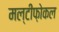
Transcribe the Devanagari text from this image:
मल्टीफ़ोकल